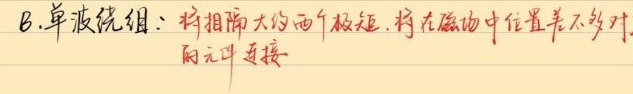
B.单波绕组：将相隔大约两个极距，将在磁场中位置差不多对的元件连接